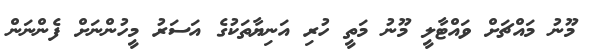
މޫނު މައްޗަށް ވައްޓާލީ މޫނު މަތީ ހުރި އަނިޔާތަކުގެ އަސަރު މީހުންނަށް ފެންނަން